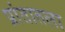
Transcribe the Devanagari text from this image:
प्रांतातला